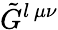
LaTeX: \tilde{G}^{l\, \mu\nu}